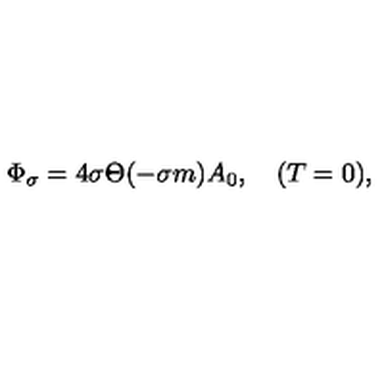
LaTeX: \Phi _ { \sigma } = 4 \sigma \Theta ( - \sigma m ) A _ { 0 } , \quad ( T = 0 ) ,